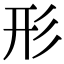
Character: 形